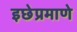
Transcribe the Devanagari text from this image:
इछेप्रमाणे